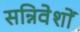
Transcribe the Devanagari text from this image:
सन्निवेशों